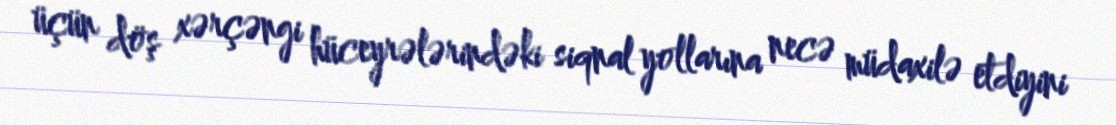
üçün döş xərçəngi hüceyrələrindəki siqnal yollarına necə müdaxilə etdiyini